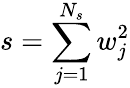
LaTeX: s=\sum_{j=1}^{N_{s}}w_{j}^{2}